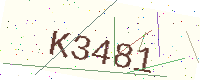
Text: K3481